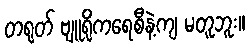
တရုတ် ဗျူရိုကရေစီနဲ့ကျ မတူဘူး။